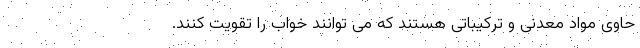
حاوی مواد معدنی و ترکیباتی هستند که می توانند خواب را تقویت کنند.